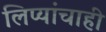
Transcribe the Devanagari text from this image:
लिप्यांचाही